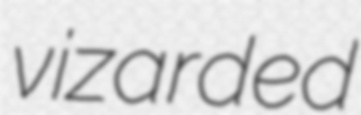
vizarded